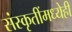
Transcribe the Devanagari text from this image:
संस्कृतींमध्येही